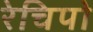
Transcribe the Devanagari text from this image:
रेचिपो